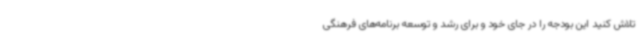
تلاش کنید این بودجه را در جای خود و برای رشد و توسعه برنامه‌های فرهنگی